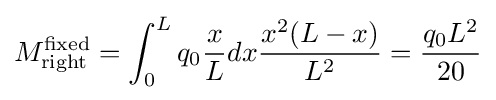
M_{\mathrm {right} }^{\mathrm {fixed} }=\int _{0}^{L}q_{0}{\frac {x}{L}}dx{\frac {x^{2}(L-x)}{L^{2}}}={\frac {q_{0}L^{2}}{20}}